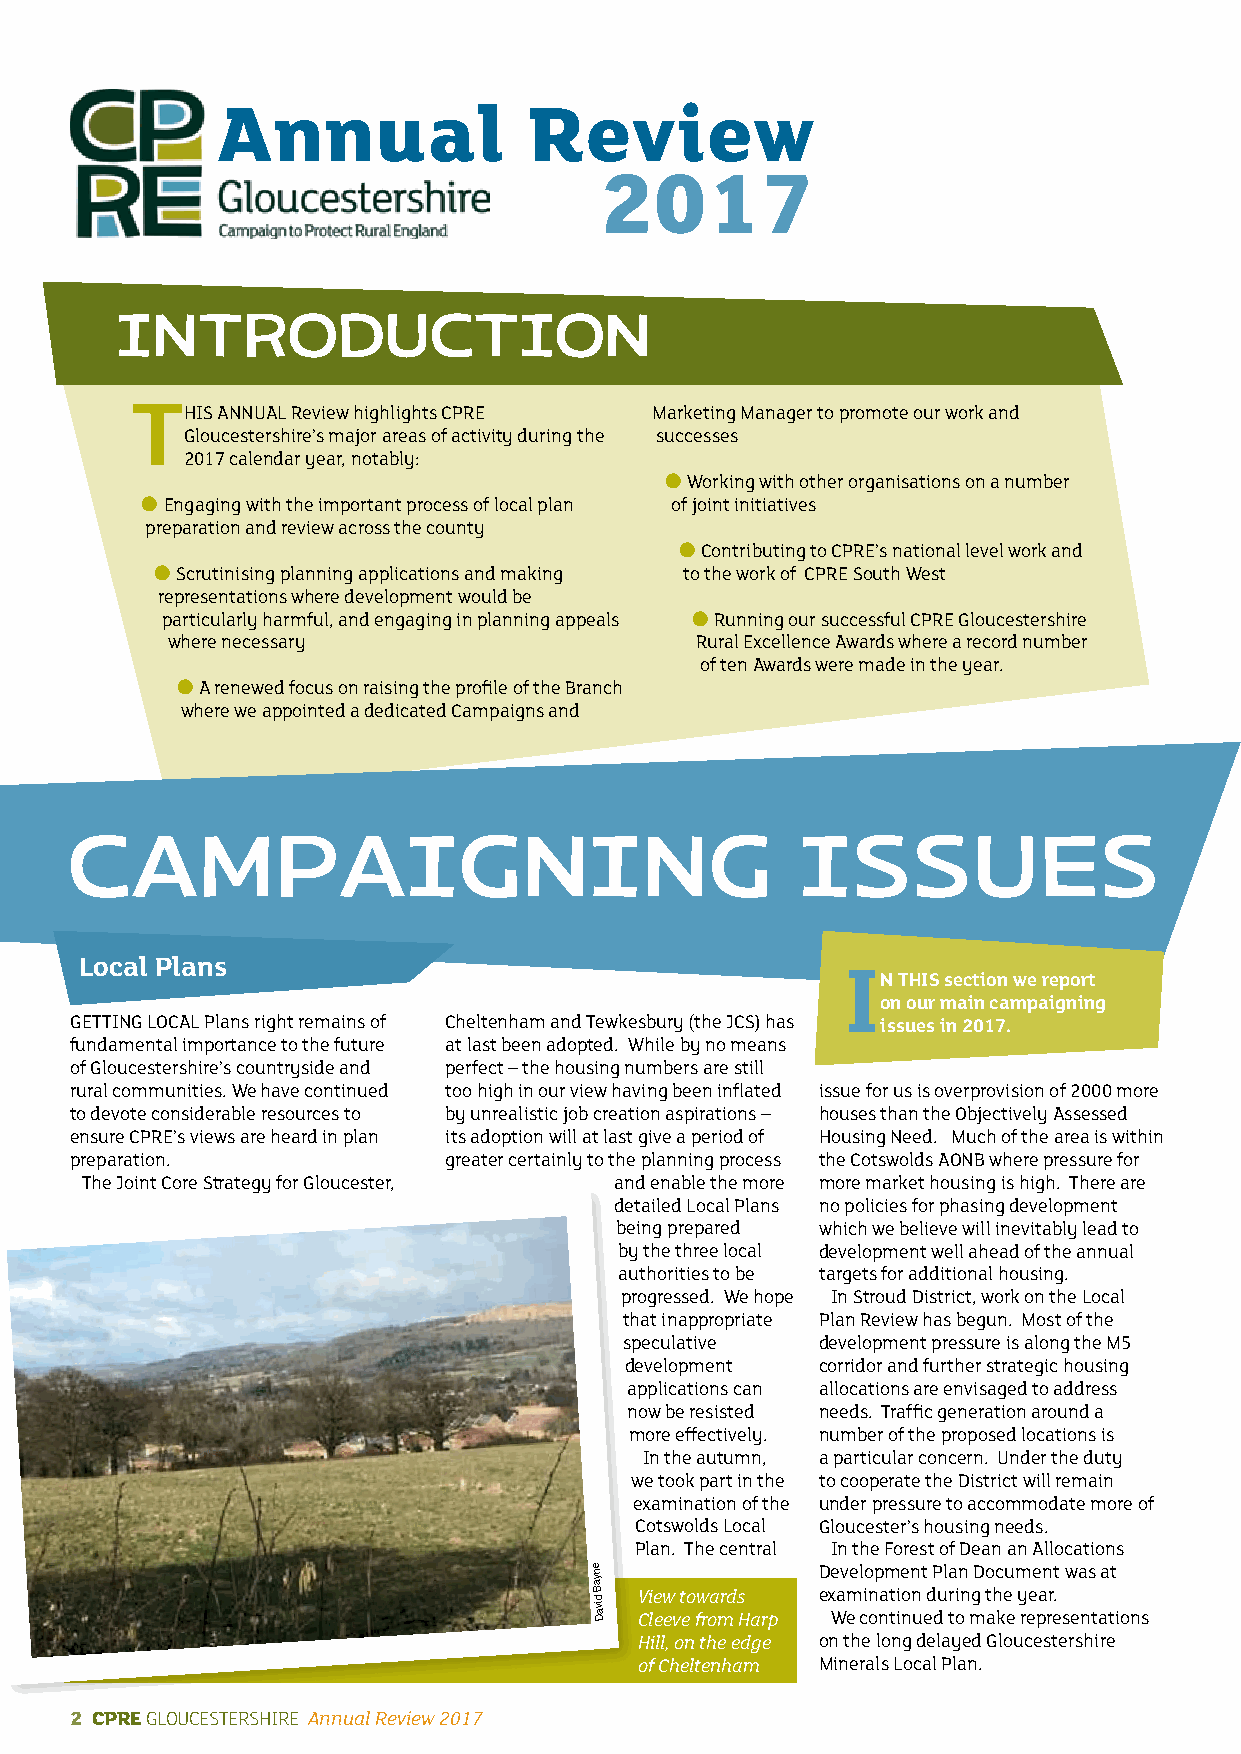
Annual               Review
 2017
 INTRODUCTION
 T
 hIs aNNUaL Review highlights CPRE Marketing Manager to promote our work and
 Gloucestershire’s major areas of activity during the successes
 2017 calendar year, notably:
 l working with other organisations on a number
 l Engaging with the important process of local plan of joint initiatives
 preparation and review across the county
 l Contributing to CPRE’s national level work and
 l scrutinising planning applications and making to the work of CPRE south west
 representations where development would be
 particularly harmful, and engaging in planning appeals l Running our successful CPRE Gloucestershire
 where necessary                    Rural Excellence awards where a record number
 of ten awards were made in the year.
 l a renewed focus on raising the profile of the Branch
 where we appointed a dedicated Campaigns and
 CampaIgNINg                                      IssUes
 Local Plans                                        I
 n ThIS section we report
 on our main campaigning
 GETTING LOCaL Plans right remains of Cheltenham and Tewkesbury (the JCs) has issues in 2017.
 fundamental importance to the future at last been adopted. while by no means
 of Gloucestershire’s countryside and perfect – the housing numbers are still
 rural communities. we have continued too high in our view having been inflated issue for us is overprovision of 2000 more
 to devote considerable resources to by unrealistic job creation aspirations – houses than the Objectively assessed
 ensure CPRE’s views are heard in plan its adoption will at last give a period of housing Need. Much of the area is within
 preparation.            greater certainly to the planning process the Cotswolds aONB where pressure for
 The Joint Core strategy for Gloucester, and enable the more more market housing is high. There are
 detailed Local Plans no policies for phasing development
 being prepared which we believe will inevitably lead to
 by the three local development well ahead of the annual
 authorities to be targets for additional housing.
 progressed. we hope In stroud District, work on the Local
 that inappropriate Plan Review has begun. Most of the
 speculative  development pressure is along the M5
 development  corridor and further strategic housing
 applications can allocations are envisaged to address
 now be resisted needs. Traffic generation around a
 more effectively. number of the proposed locations is
 In the autumn, a particular concern. Under the duty
 we took part in the to cooperate the District will remain
 examination of the under pressure to accommodate more of
 Cotswolds Local Gloucester’s housing needs.
 Plan. The central In the Forest of Dean an allocations
 enyaB
 divaD
 V Ci le ew
 ev
 t eo fw roa mrd s
 H arp
 D
 ex
 we av eme l cio
 n
 op nam
 t ti
 ie
 o
 nn
 n
 ut
 ed
 P dul tra oin
 n
 mgD o
 t
 ahc keu
 e
 m
 y
 reee pan
 rr
 et
 .
 s
 w ea ns
 t
 aa tt
 i ons
 Hill, on the edge on the long delayed Gloucestershire
 of Cheltenham Minerals Local Plan.
 2 CPRE Gloucestershire Annual Review 2017